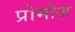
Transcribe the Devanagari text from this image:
प्रोमोज़